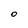
Character: O